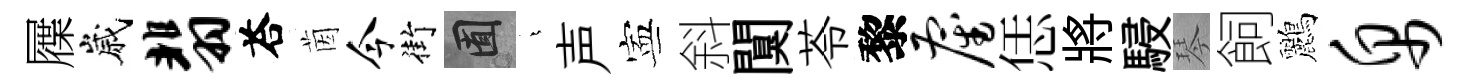
屧嵗翡荅茵今街囿燁声寕斜闃苓黎雇恁將駸琴飼鸝帛